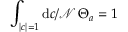
\int _ { | c | = 1 } { \mathrm { d } c / \mathcal { N } } \, \Theta _ { a } = 1